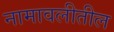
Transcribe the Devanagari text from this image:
नामावलीतील